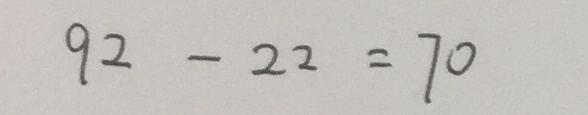
9 2 - 2 2 = 7 0